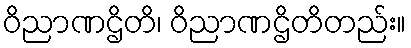
ဝိညာဏဌိတိ၊ ဝိညာဏဌိတိတည်း။